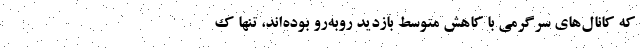
که کانال‌های سرگرمی با کاهش متوسط بازدید روبه‌رو بوده‌اند، تنها ک